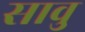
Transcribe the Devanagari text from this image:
सावु